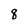
Character: 8